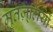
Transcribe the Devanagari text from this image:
मुतज़्लियों